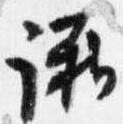
議